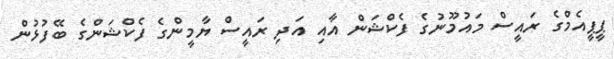
ޕީޕީއެމްގެ ރައީސް މައުމޫނުގެ ފެކްޝަން އާއި އަދި ރައީސް ޔާމީންގެ ފެކްޝަންގެ ބޭފުޅުން